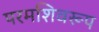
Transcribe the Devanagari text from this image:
परमशिवरूप